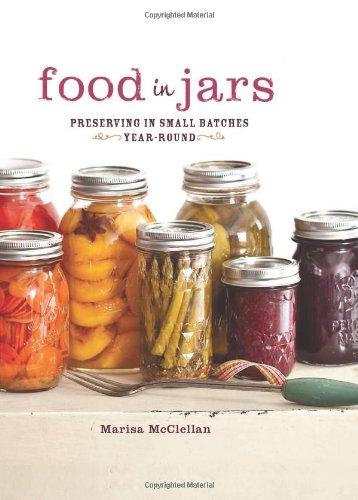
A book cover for Food in Jars: Preserving in Small Batches Year-Round; Marisa McClellan; Cookbooks, Food & Wine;